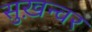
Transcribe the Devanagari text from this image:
सुख़न्वर